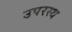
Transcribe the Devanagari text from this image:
उपरस्थ